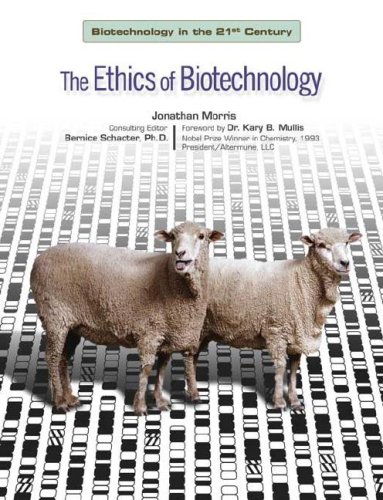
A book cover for The Ethics of Biotechnology (Biotechnology in the 21st Century)**OUT OF PRINT**; Jonathan Morris; Teen & Young Adult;